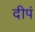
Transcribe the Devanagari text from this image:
दीपं